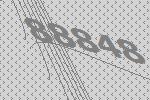
88848